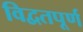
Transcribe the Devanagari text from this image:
विद्वतपूर्ण